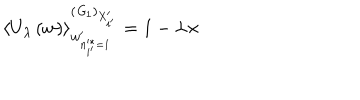
\left\langle U _ { \lambda } \left( w \right) \right\rangle _ { w _ { n _ { i ^ { \prime } } ^ { * } = 1 } ^ { \prime } } ^ { \left( { \it G } _ { 1 } \right) _ { X _ { i ^ { \prime } } ^ { \prime } } } = 1 - \lambda \times